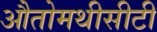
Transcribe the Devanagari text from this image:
औतोमथीसीटी